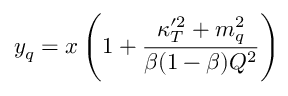
y _ { q } = x \left( 1 + { \frac { \kappa _ { T } ^ { \prime 2 } + m _ { q } ^ { 2 } } { \beta ( 1 - \beta ) Q ^ { 2 } } } \right)